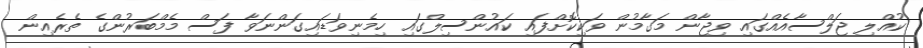
ކުއްލި ޖަލްސާއެއްގައި ވިޖާން މަގާމުން ވަކިކޮށްފައި ކައުންސިލްގައި ހިމެނިވަޑައިގަންނަވާ ފަސް މެމްބަރުންގެ ތެރެއިން